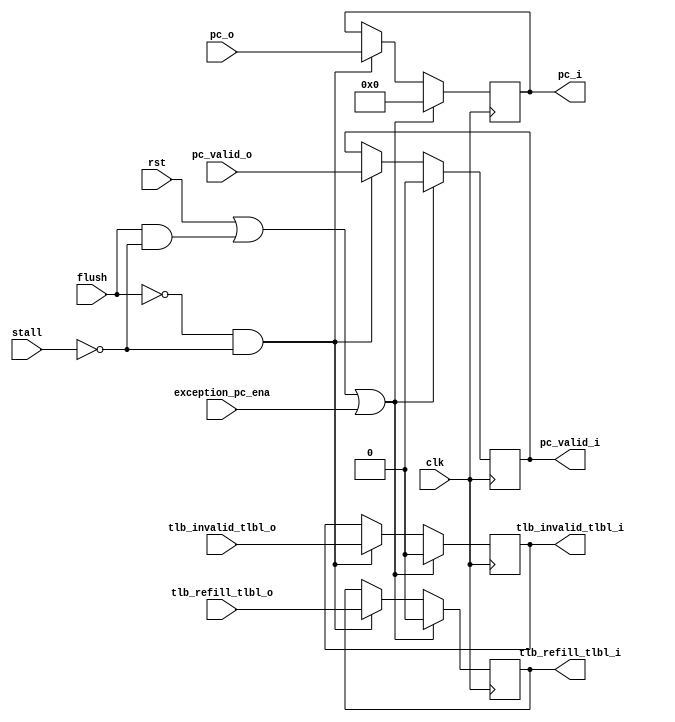
`timescale 1ns / 1ps

module pc_reg (
    input   wire        clk,
    input   wire        rst,
    input   wire        flush,
    input   wire        stall,
    input   wire        exception_pc_ena,

    input   wire        pc_valid_o,
    input   wire [31:0] pc_o,
    input   wire        tlb_refill_tlbl_o,
    input   wire        tlb_invalid_tlbl_o,
    
    output  reg         pc_valid_i,
    output  reg  [31:0] pc_i,
    output  reg         tlb_refill_tlbl_i,
    output  reg         tlb_invalid_tlbl_i
);
    always @(posedge clk ) begin
        if (rst | (flush & !stall) | exception_pc_ena) begin
            pc_i                <= 32'h0;
            tlb_refill_tlbl_i   <= 1'h0;
            tlb_invalid_tlbl_i  <= 1'h0;
            pc_valid_i          <= 1'b0;
        end else if (!flush & !stall) begin
            pc_valid_i          <= pc_valid_o;
            pc_i                <= pc_o;
            tlb_refill_tlbl_i   <= tlb_refill_tlbl_o;
            tlb_invalid_tlbl_i  <= tlb_invalid_tlbl_o;
        end
    end
endmodule